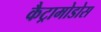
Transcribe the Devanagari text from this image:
कैट्रामोडोस